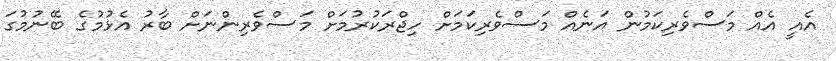
އެއީ އެއް މަސްވެރިކަމުން އަނެއް މަސްވެރިކަމަށް ހިޖްރަކުރުމަށް މަސްވެރިންނަށް ބާރު އެޅުމުގެ ބޭނުމުގަ